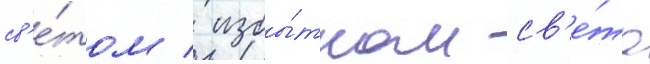
св'е́том / избы́тком св'е́та